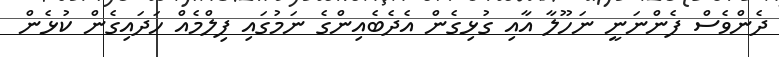
ދެންވެސް ފެންނަނީ ނަހޫލާ އާއި ގުޅިގެން އެދެބެއިންގެ ނަމުގައި ފިލްމެއް ހަދައިގެން ކުޅެން